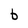
Character: b